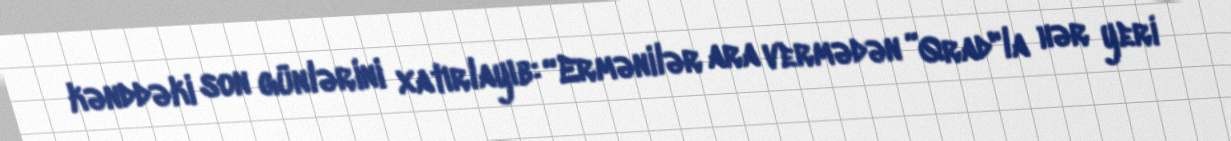
kənddəki son günlərini xatırlayıb: “Ermənilər ara vermədən ”Qrad"la hər yeri